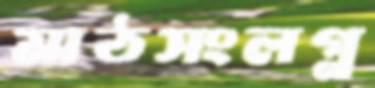
মাঠসংলগ্ন